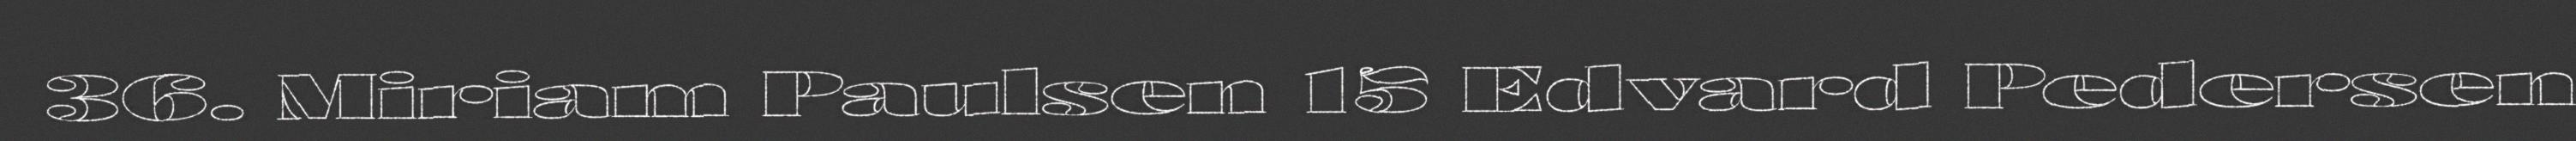
36. Miriam Paulsen 15 Edvard Pedersen